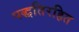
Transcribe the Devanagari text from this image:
पद्धतिरहित